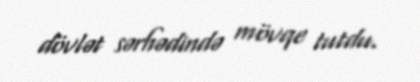
dövlət sərhədində mövqe tutdu.